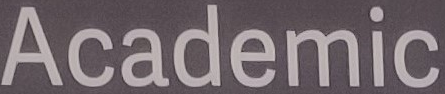
Academic